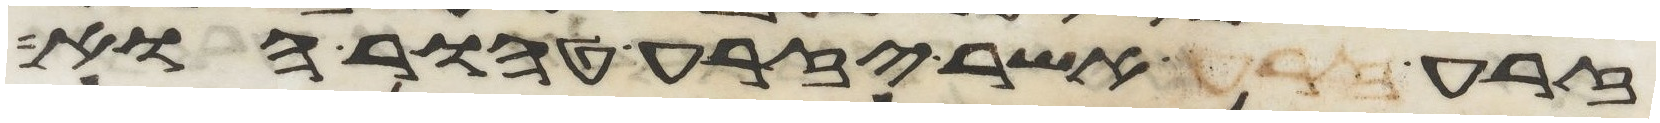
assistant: זרע זרע אשר יזרע טהור הוא